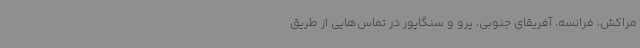
مراکش، فرانسه، آفریقای جنوبی، پرو و سنگاپور در تماس‌هایی از طریق